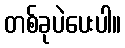
တစ်ခုပဲပေးပါ။